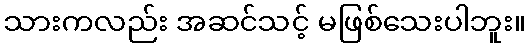
သားကလည်း အဆင်သင့် မဖြစ်သေးပါဘူး။